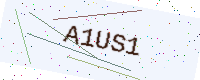
Text: A1US1